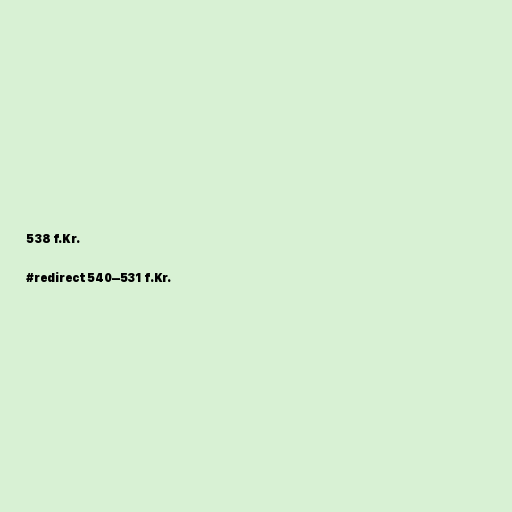
538 f.Kr.

#redirect 540–531 f.Kr.